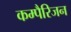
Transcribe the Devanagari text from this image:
कम्पैरिजन